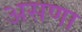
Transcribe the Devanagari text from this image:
असणा